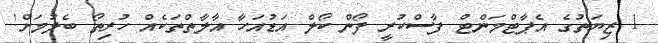
1 ޒިޔަތުގެ އެޕާޓްމަންޓް ފާސްކުރީ ފޯން ކޯލް އަޑުއަހާ އާލާތްތަކެއް ހުރިތޯ ބެލުމަށް!